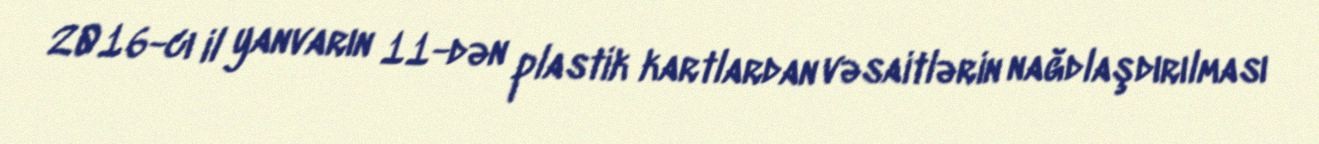
2016-cı il yanvarın 11-dən plastik kartlardan vəsaitlərin nağdlaşdırılması